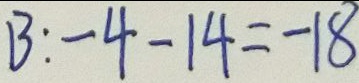
B : - 4 - 1 4 = - 1 8